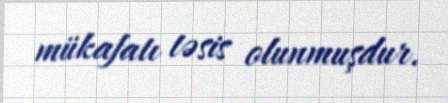
mükafatı təsis olunmuşdur.